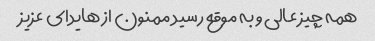
همه چیز عالی و به موقع رسید ممنون از هایدای عزیز